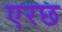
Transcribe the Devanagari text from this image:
एरछ